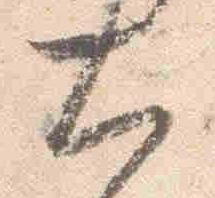
大